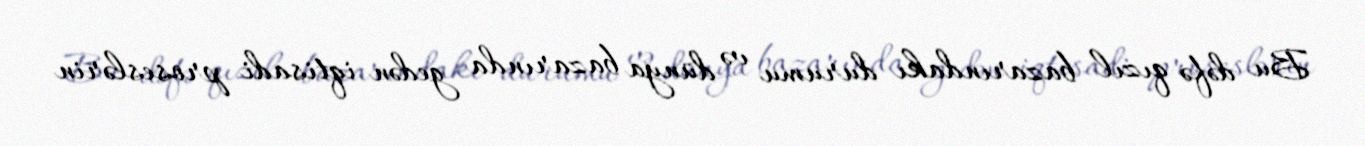
Bu dəfə qızıl bazarındakı durumu və dünya bazarında gedən iqtisadi proseslərin